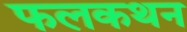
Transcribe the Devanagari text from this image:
फलकथन